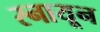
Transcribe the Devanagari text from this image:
स्नायून